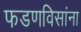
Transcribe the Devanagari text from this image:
फडणविसांना